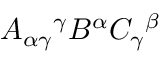
A _ { \alpha \gamma } { } ^ { \gamma } B ^ { \alpha } C _ { \gamma } { } ^ { \beta }